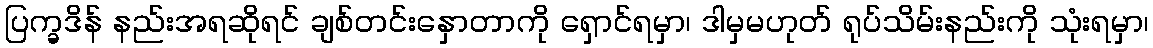
ပြက္ခဒိန် နည်းအရဆိုရင် ချစ်တင်းနှောတာကို ရှောင်ရမှာ၊ ဒါမှမဟုတ် ရုပ်သိမ်းနည်းကို သုံးရမှာ၊